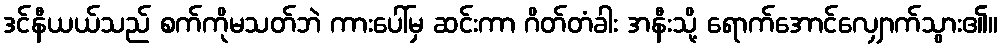
ဒင်နီယယ်သည် စက်ကိုမသတ်ဘဲ ကားပေါ်မှ ဆင်းကာ ဂိတ်တံခါး အနီးသို့ ရောက်အောင်လျှောက်သွား၏။